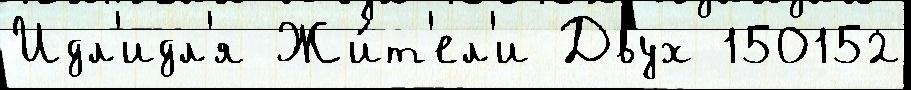
Идл'идл'я Жи́т'ел'и Двух 150152